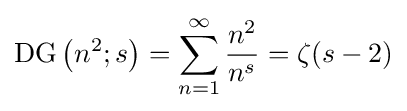
\operatorname {DG} \left(n^{2};s\right)=\sum _{n=1}^{\infty }{\frac {n^{2}}{n^{s}}}=\zeta (s-2)